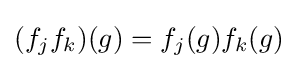
(f_{j}f_{k})(g)=f_{j}(g)f_{k}(g)